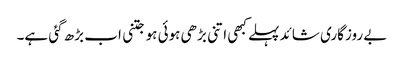
بے روزگاری شائد پہلے کبھی اتنی بڑھی ہوئی ہو جتنی اب بڑھ گئی ہے۔